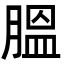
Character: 膃